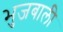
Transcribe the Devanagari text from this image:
भुजबाली